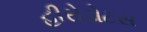
હીરોડોટસ